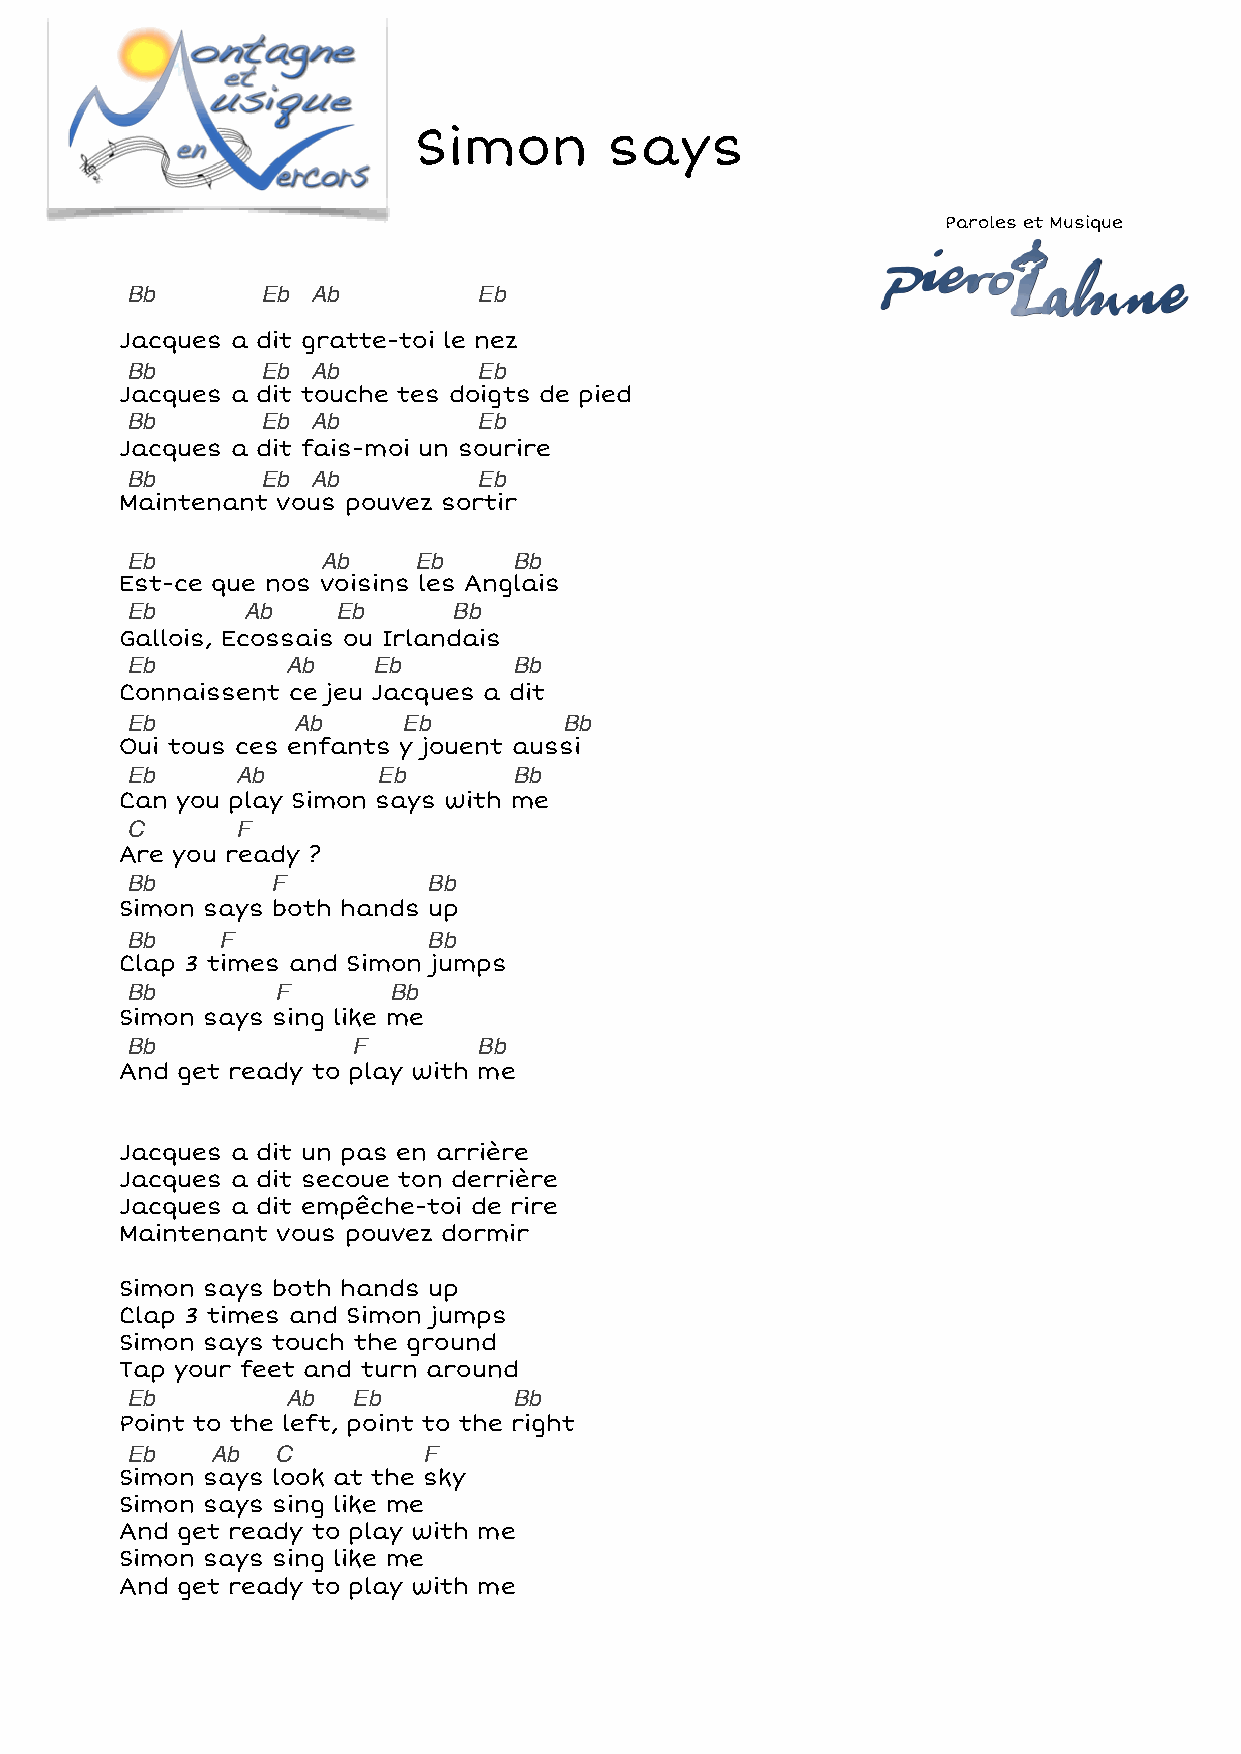
Simon        says
 Paroles et Musique
 Bb       Eb  Ab         Eb
 Jacques a dit gratte-toi le nez
 Bb       Eb  Ab         Eb
 Jacques a dit touche tes doigts de pied
 Bb       Eb  Ab         Eb
 Jacques a dit fais-moi un sourire
 Bb       Eb  Ab         Eb
 Maintenant vous pouvez sortir
 Eb           Ab    Eb     Bb
 Est-ce que nos voisins les Anglais
 Eb      Ab    Eb      Bb
 Gallois, Ecossais ou Irlandais
 Eb         Ab    Eb       Bb
 Connaissent ce jeu Jacques a dit
 Eb         Ab      Eb        Bb
 Oui tous ces enfants y jouent aussi
 Eb      Ab       Eb       Bb
 Can you play Simon says with me
 C       F
 Are you ready ?
 Bb        F         Bb
 Simon says both hands up
 Bb    F             Bb
 Clap 3 times and Simon jumps
 Bb        F       Bb
 Simon says sing like me
 Bb             F        Bb
 And get ready to play with me
 Jacques a dit un pas en arrière
 Jacques a dit secoue ton derrière
 Jacques a dit empêche-toi de rire
 Maintenant vous pouvez dormir
 Simon says both hands up
 Clap 3 times and Simon jumps
 Simon says touch the ground
 Tap your feet and turn around
 Eb         Ab  Eb         Bb
 Point to the left, point to the right
 Eb    Ab  C         F
 Simon says look at the sky
 Simon says sing like me
 And get ready to play with me
 Simon says sing like me
 And get ready to play with me